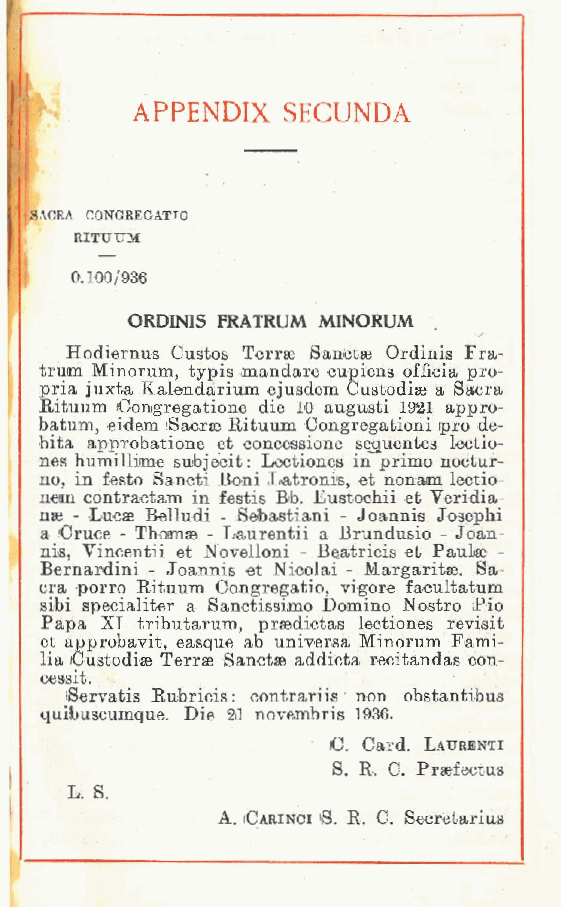
APPEND1X  SECUNDA
 ISACRA CONGREGATTQ
 RITUUM
 0 100/936
 .
 ORDINIS FRATRUM M1NORUM
 Hodiernus Custos Terrse Sanctse Ordinis Fra-
 trum Minorum, typis mandare cupiens officia pro-
 pria juxta Kalendarium ejusdem Custodiae a Sacra
 E/ituum Conigregatione die 10 augusti 1921 appro-
 batum eidem :Sacrse E.ituum Congregationi ipro de-
 bita a,pprobatione et concessione seguentes lectio-
 nes humillime subjecit: Lectiones in primo noctur-
 no, in festo Sancti Boni Latronis, et nonam lectio-
 nem contractam in festis Bb. Eustochii et Veridia-
 nae - Lucse Belludi - (Sebastiani - Joannis Josephi
 a Cruoe - Thomae - Laurentii a Brundusio - Joan-
 nis, Vincentii et Novelloni - Beatricis et Paulse -
 Bernardini - Joannis et Nicolai - Margaritse. Sa-
 cra porro Eituum Congregatio, vigore facultatum
 sibi specialiter a Sanctissimo Domino Nostro Pio
 Papa XI tributarum prsedictas lectiones revisit
 et approbavit, easque ,ab universa Minorum Fami-
 lia Custodise Terrse Sanctse addicta recitandas con-
 oessit.
 ;Servatis Rubricis : contrariis non obstantibus
 quibuscumque. Die 31 novembris 1936.
 iC. Card. Laurenti
 S R. C. Praefectus
 .
 L S.
 .
 A Carinci ;S. R. C. Secretarius
 .